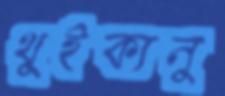
থুইক্যনু